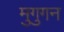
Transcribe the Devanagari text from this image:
मुगुगन